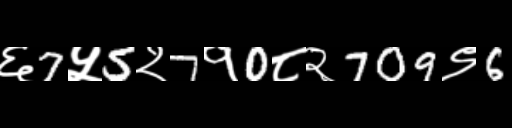
Text: ६7५5२7१0८२709९6